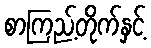
စာကြည့်တိုက်နှင့်